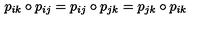
p _ { i k } \circ p _ { i j } = p _ { i j } \circ p _ { j k } = p _ { j k } \circ p _ { i k }